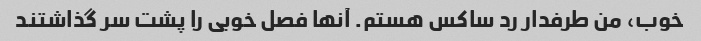
خوب، من طرفدار رد ساکس هستم. آنها فصل خوبی را پشت سر گذاشتند